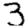
Digit: 3